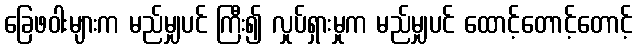
ခြေဖဝါးများက မည်မျှပင် ကြီး၍ လှုပ်ရှားမှုက မည်မျှပင် ထောင့်တောင့်တောင့်